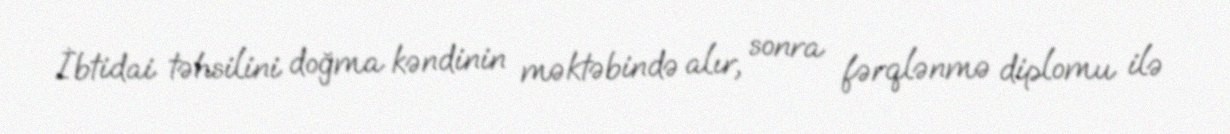
İbtidai təhsilini doğma kəndinin məktəbində alır, sonra fərqlənmə diplomu ilə